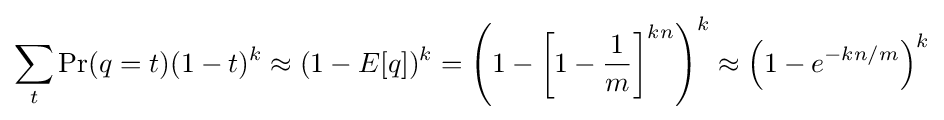
\sum _{t}\Pr(q=t)(1-t)^{k}\approx (1-E[q])^{k}=\left(1-\left[1-{\frac {1}{m}}\right]^{kn}\right)^{k}\approx \left(1-e^{-kn/m}\right)^{k}